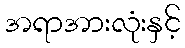
အရာအားလုံးနှင့်